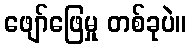
ဖျော်ဖြေမှု တစ်ခုပဲ။